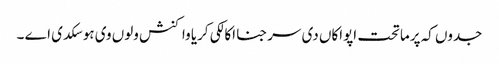
جدوں کہ پرماتحت اپواکاں دی سرجنا اکالکی کریا واکنش ولوں وی ہو سکدی اے ۔